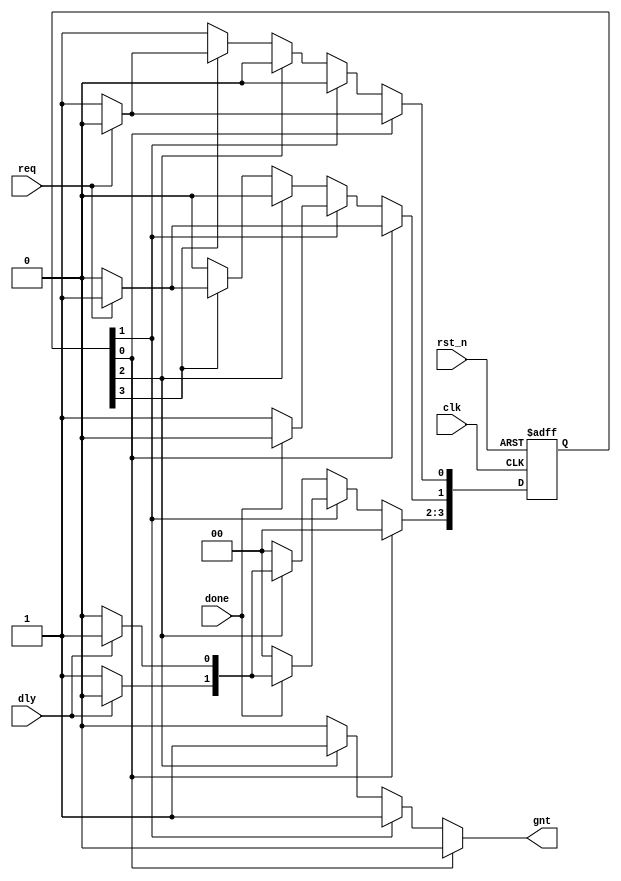
module fsm_cc4_OH
(output reg gnt,
input dly, done, req, clk, rst_n);
parameter [3:0] IDLE = 0, //Usar el ndice
	BBUSY = 1,
	BWAIT = 2,
	BFREE = 3;
reg [3:0] state, next; //Mayor cantidad de FFs

always @(posedge clk or negedge rst_n)
if (!rst_n) begin
state <= 4'b0;
state[IDLE] <= 1'b1; //Modificacin en Reset
end
else state <= next;

always @(state or dly or done or req)
begin
next = 4'b0; //Deben enviarse a cero todos los bits
gnt = 1'b0;
case (1'b1) /* Monitorear un solo bit y
            Actualizar solo el bit necesario */
	state[IDLE] : if (req) next[BBUSY] = 1'b1;
		else next[IDLE] = 1'b1;
	state[BBUSY]: begin
		gnt = 1'b1;
		if (!done) next[BBUSY] = 1'b1;
		else if ( dly) next[BWAIT] = 1'b1;
		else next[BFREE] = 1'b1;
		end
	state[BWAIT]: begin
		gnt = 1'b1;
		if (!dly) next[BFREE] = 1'b1;
		else next[BWAIT] = 1'b1;
		end
	state[BFREE]: begin
		if (req) next[BBUSY] = 1'b1;
		else next[IDLE] = 1'b1;
		end
	default: next[IDLE]=1'b1;
endcase
end
endmodule